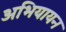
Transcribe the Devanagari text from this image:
अभियायन